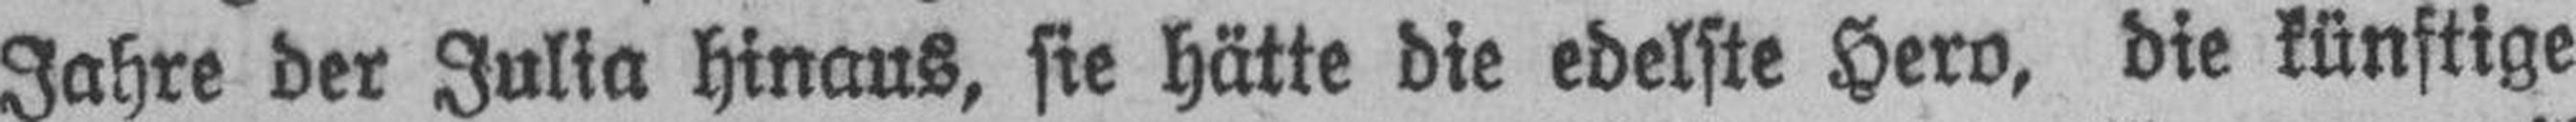
Jahre der Julia hinaus, sie hätte die edelste Hero, die künftige